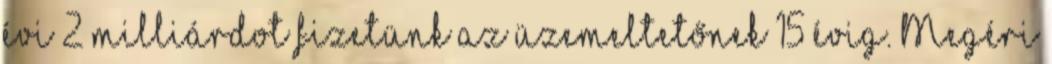
évi 2 milliárdot fizetünk az üzemeltetőnek 15 évig. Megéri